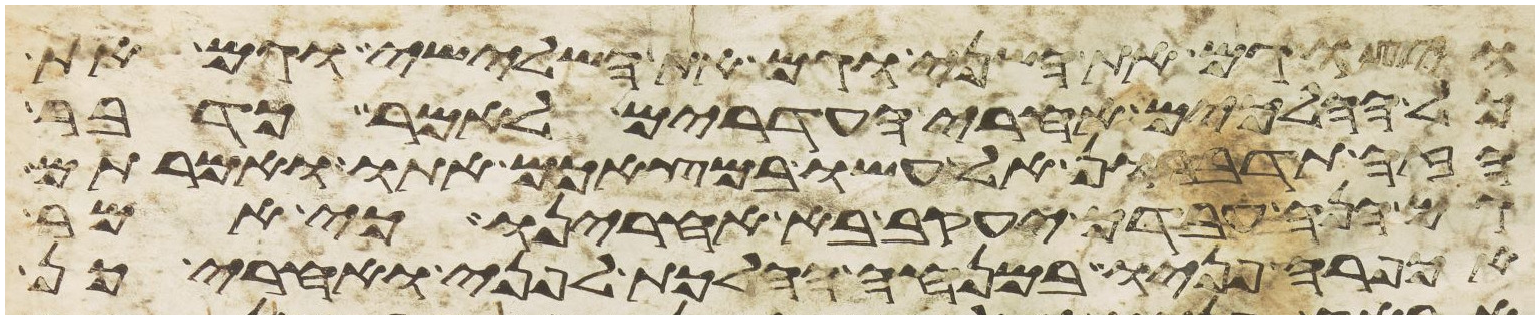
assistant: ויצו גם את השני וגם את השלישי וגם את
כל ההלכים אחרי העדרים לאמר כדבר
הזה תדברון אל עשו במצאכם אתו ואמרתם
גם הנה עבדך יעקב בא אחרינו כי אמר
אכפרה פניו במנחה ההלכת לפני ואחרי כן